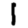
Digit: 1